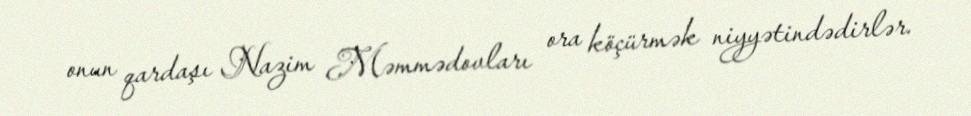
onun qardaşı Nazim Məmmədovları ora köçürmək niyyətindədirlər.